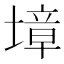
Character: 墇